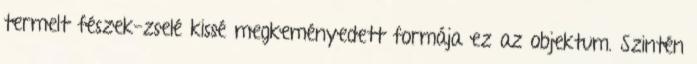
termelt fészek-zselé kissé megkeményedett formája ez az objektum. Szintén